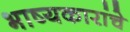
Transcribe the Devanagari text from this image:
भाष्यकारांचे